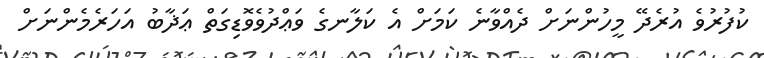
ކުފުރުވެ އުރެދޭ މީހުންނަށް ދެއްވާނެ ކަމަށް އެ ކަލާނގެ ވަޢްދުވެވޮޑިގަތް ޢަޛާބު އަހަރެމެންނަށް